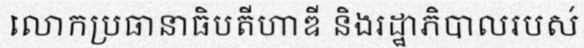
លោកប្រធានាធិបតីហាឌី និងរដ្ឋាភិបាលរបស់